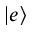
\vert e \rangle